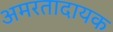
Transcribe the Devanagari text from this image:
अमरतादायक